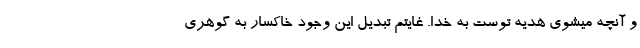
و آنچه میشوی هدیه توست به خدا. غایتم تبدیل این وجود خاکسار به گوهری